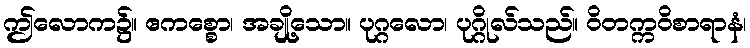
ဤလောက၌။ ဧကစ္စော၊ အချို့သော။ ပုဂ္ဂလော၊ ပုဂ္ဂိုလ်သည်။ ဝိတက္ကဝိစာရာနံ၊